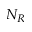
N _ { R }